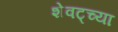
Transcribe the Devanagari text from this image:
शेवट्च्या